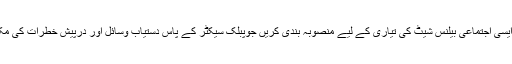
اس کے علاوہ، مکمل طور پر ایسی اجتماعی بیلنس شیٹ کی تیاری کے لیے منصوبہ بندی کریں جوپبلک سیکٹر کے پاس دستیاب وسائل اور درپیش خطرات کی مکمل مالی تصویر پیش کرتی ہو۔